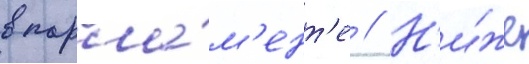
в парла́м'ент'е // Н'и́же